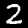
Label: 2